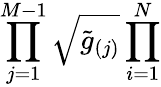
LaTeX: \prod_{j=1}^{M-1}\sqrt{\tilde{g}_{(j)}}\prod_{i=1}^{N}